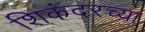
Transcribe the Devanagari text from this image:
शिकंदरच्या